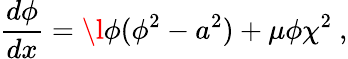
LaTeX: \frac{d\phi}{dx}=\l\phi(\phi^{2}-a^{2})+\mu\phi\chi^{2}~,